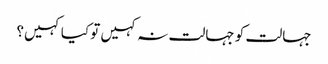
جہالت کو جہالت نہ کہیں تو کیا کہیں؟